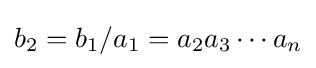
b_{2}=b_{1}/a_{1}=a_{2}a_{3}\cdots a_{n}